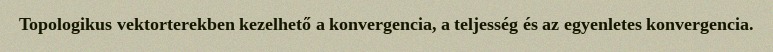
Topologikus vektorterekben kezelhető a konvergencia, a teljesség és az egyenletes konvergencia.